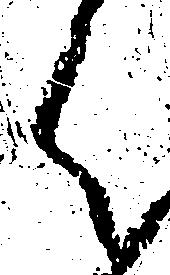
く